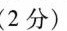
(2分)